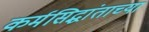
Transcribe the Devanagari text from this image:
कर्मसिद्धांताच्या